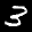
Label: 3